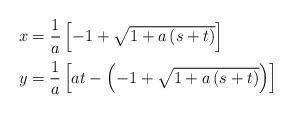
LaTeX: \begin{align*}\begin{array}[c]{l}x=\dfrac{1}{a}\left[ -1+\sqrt{1+a\left( s+t\right) }\right] \medskip\\y=\dfrac{1}{a}\left[ at-\left( -1+\sqrt{1+a\left( s+t\right) }\right)\right]\end{array}\end{align*}